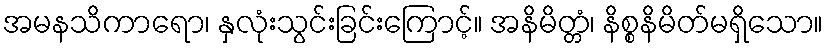
အမနသိကာရော၊ နှလုံးသွင်းခြင်းကြောင့်။ အနိမိတ္တံ၊ နိစ္စနိမိတ်မရှိသော။